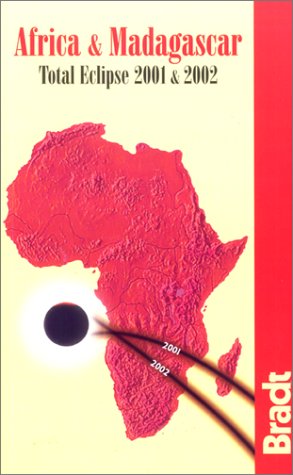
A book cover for Africa & Madagascar: Total Eclipse 2001 & 2002; Aisling Irwin; Travel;